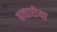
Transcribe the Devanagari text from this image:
बव्हारीया